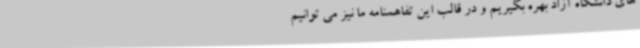
های دانشگاه آزاد بهره بگیریم و در قالب این تفاهمنامه ما نیز می توانیم